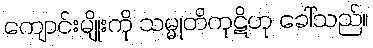
ကျောင်းမျိုးကို သမ္မုတိကုဋိဟု ခေါ်သည်။